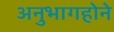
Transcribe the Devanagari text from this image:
अनुभागहोने